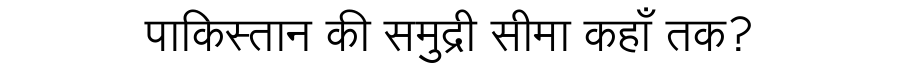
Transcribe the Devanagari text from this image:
पाकिस्तान की समुद्री सीमा कहाँ तक?